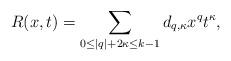
LaTeX: \begin{align*}R(x,t)=\sum_{0\le |q|+2\kappa \le k-1} d_{q, \kappa} x^{q} t^{\kappa},\end{align*}